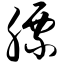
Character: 膘